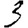
Digit: 3